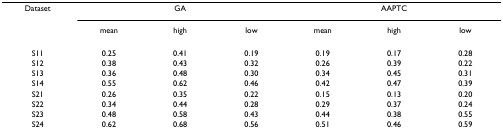
<table><thead><tr><td><b>Dataset</b></td><td colspan="3"><b>GA</b></td><td colspan="3"><b>AAPTC</b></td></tr><tr><td></td><td><b>mean</b></td><td><b>high</b></td><td><b>low</b></td><td><b>mean</b></td><td><b>high</b></td><td><b>low</b></td></tr></thead><tbody><tr><td>S11</td><td>0.25</td><td>0.41</td><td>0.19</td><td>0.19</td><td>0.17</td><td>0.28</td></tr><tr><td>S12</td><td>0.38</td><td>0.43</td><td>0.32</td><td>0.26</td><td>0.39</td><td>0.22</td></tr><tr><td>S13</td><td>0.36</td><td>0.48</td><td>0.30</td><td>0.34</td><td>0.45</td><td>0.31</td></tr><tr><td>S14</td><td>0.55</td><td>0.62</td><td>0.46</td><td>0.42</td><td>0.47</td><td>0.39</td></tr><tr><td>S21</td><td>0.26</td><td>0.35</td><td>0.22</td><td>0.15</td><td>0.13</td><td>0.20</td></tr><tr><td>S22</td><td>0.34</td><td>0.44</td><td>0.28</td><td>0.29</td><td>0.37</td><td>0.24</td></tr><tr><td>S23</td><td>0.48</td><td>0.58</td><td>0.43</td><td>0.44</td><td>0.38</td><td>0.55</td></tr><tr><td>S24</td><td>0.62</td><td>0.68</td><td>0.56</td><td>0.51</td><td>0.46</td><td>0.59</td></tr></tbody></table>